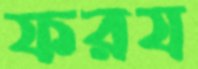
ফরয